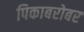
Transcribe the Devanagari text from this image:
पिकाबरोबर